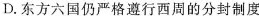
D.东方六国仍严格遵行西周的分封制度